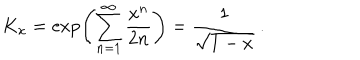
K _ { x } = \exp \left( \sum _ { n = 1 } ^ { \infty } \frac { x ^ { n } } { 2 n } \right) = \frac { 1 } { \sqrt { 1 - x } } \, .